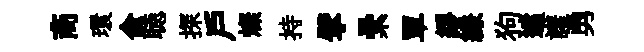
商環兪聴探戶燦持擘纍單繆縑狗遹譁勇